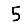
Digit: 5